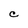
Character: C